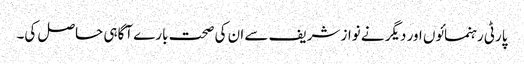
پارٹی رہنمائوں اور دیگر نے نواز شریف سے ان کی صحت بارے آگاہی حاصل کی۔